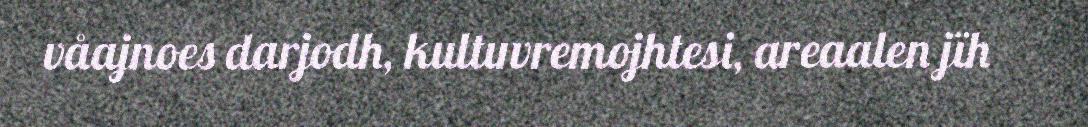
våajnoes darjodh, kultuvremojhtesi, areaalen jïh